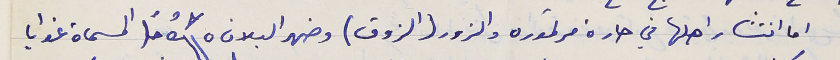
اما انتشار اهلها في حارة مرتوره والزور (الذوق) وضهر البلان المسماة غوايا